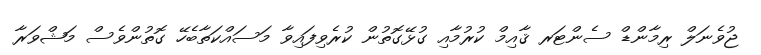
ޖުވެނަލް ރިމާންޑް ސެންޓަރ ޤާއިމް ކުރުމާއި ގުޅޭގޮތުން ކުރެވިފައިވާ މަސައްކަތާބެހޭ ގޮތުންވެސް މަޝްވަރާ